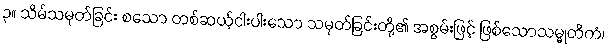
၃။ သိမ်သမုတ်ခြင်း စသော တစ်ဆယ့်ငါးပါးသော သမုတ်ခြင်းတို့၏ အစွမ်းဖြင့် ဖြစ်သောသမ္မုတိကံ၊